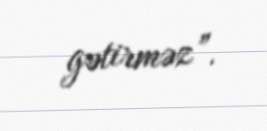
gətirməz”.